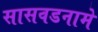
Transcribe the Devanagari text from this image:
सासवडनामे